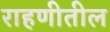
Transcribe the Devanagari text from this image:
राहणीतील